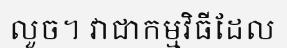
លួច។ វាជាកម្មវិធីដែល